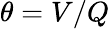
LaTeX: \theta=V/Q